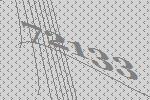
72133